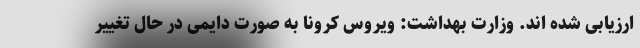
ارزیابی شده اند. وزارت بهداشت: ویروس کرونا به صورت دایمی در حال تغییر